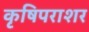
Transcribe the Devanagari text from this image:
कृषिपराशर